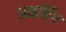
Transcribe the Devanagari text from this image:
आइर्विंग